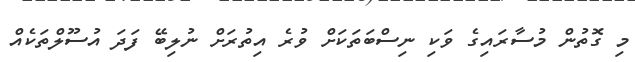
މި ގޮތުން މުސާރައިގެ ވަކި ނިސްބަތަކަށް ވުރެ އިތުރަށް ނުލިބޭ ފަދަ އުސޫލްތަކެއް